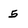
Character: 5